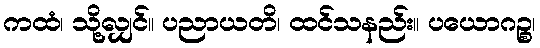
ကထံ၊ သို့လျှင်။ ပညာယတိ၊ ထင်သနည်း။ ပယောဂဉ္စ၊